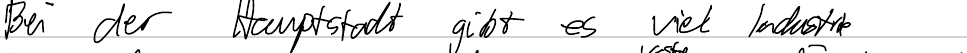
Bei der Hauptstadt gibt es viel Industrie